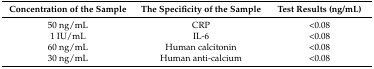
<table><thead><tr><td><b>Concentration of the Sample</b></td><td><b>The Specificity of the Sample</b></td><td><b>Test Results (ng/mL)</b></td></tr></thead><tbody><tr><td>50 ng/mL</td><td>CRP</td><td>&lt;0.08</td></tr><tr><td>1 IU/mL</td><td>IL-6</td><td>&lt;0.08</td></tr><tr><td>60 ng/mL</td><td>Human calcitonin</td><td>&lt;0.08</td></tr><tr><td>30 ng/mL</td><td>Human anti-calcium</td><td>&lt;0.08</td></tr></tbody></table>